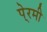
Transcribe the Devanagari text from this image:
पे्रमी